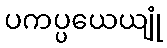
ပကပ္ပယေယျုံ